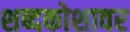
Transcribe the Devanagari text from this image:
शब्दकोशावर